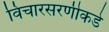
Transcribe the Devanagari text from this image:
विचारसरणीकडे